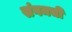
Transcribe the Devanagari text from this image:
संगमची